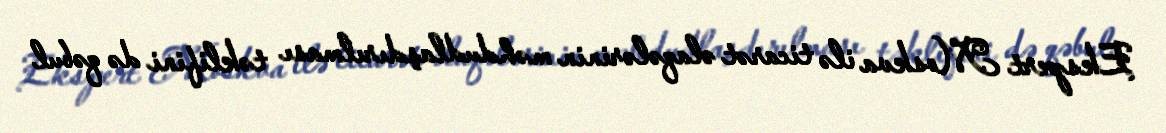
Ekspert Moskva ilə ticarət əlaqələrinin məhdudlaşdırılması təklifini də qəbul